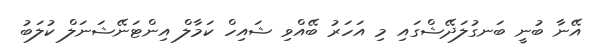
އޭނާ ބުނީ ބަނގުލަދޭޝްގައި މި އަހަަރު ބޭއްވި ޝައިހް ކަމާލް އިންޓަނޭޝަނަލް ކުލަބު